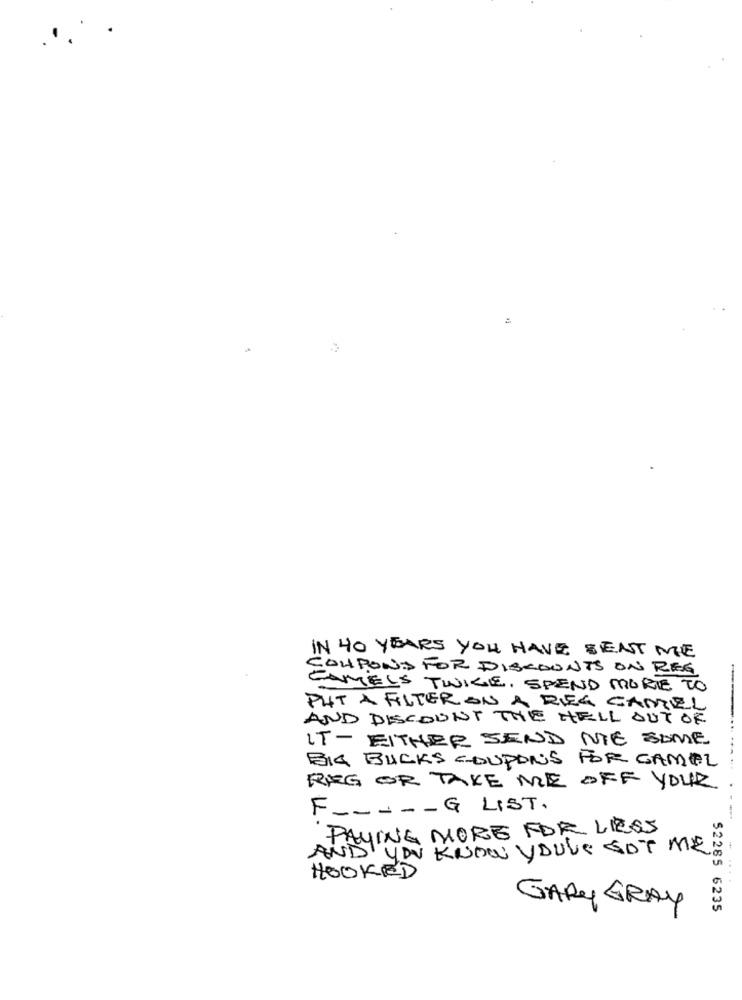
te
IN 40 YEARS YOU HAVE SENT ME
COUPONS FOR DISCOUNTS ON REG
CAMELS TWICE, SPEND MORE TO
--
PUT A FILTER ON A REG GAMEL
AND DISCOUNT THE HELL OUT OF
IT- EITHER SEND ME SOME
BIG BUCKS COUPONS FOR GAMEL
REG OR TAKE ME OFF YOUR
F- ---- G LIST.
PAYING MORE FOR LESS
AND YOU KNOW YOU'VE GOT ME
HOOKED
GARY GRAY
52285 6235